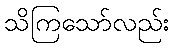
သိကြသော်လည်း